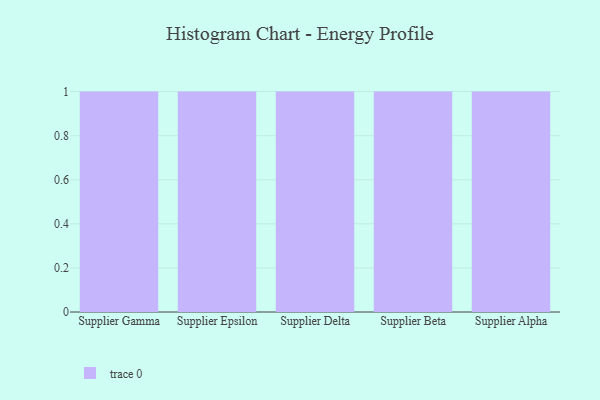
{"axis": {"x": "Supplier", "y": "Satisfaction Score"}, "legend": [""], "data": [{"x": "Supplier Gamma", "y": 66, "type": ""}, {"x": "Supplier Epsilon", "y": 79, "type": ""}, {"x": "Supplier Delta", "y": 54, "type": ""}, {"x": "Supplier Beta", "y": 29, "type": ""}, {"x": "Supplier Alpha", "y": 27, "type": ""}]}